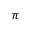
\pi